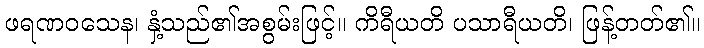
ဖရဏဝသေန၊ နှံ့သည်၏အစွမ်းဖြင့်။ ကိရီယတိ ပသာရီယတိ၊ ဖြန့်တတ်၏။